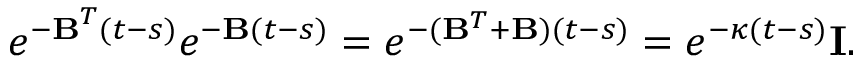
e ^ { { - \bf B } ^ { T } ( t - s ) } e ^ { { - \bf B } ( t - s ) } = e ^ { - ( { \bf B } ^ { T } + { \bf B } ) ( t - s ) } = e ^ { - \kappa ( t - s ) } { \bf I } .